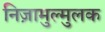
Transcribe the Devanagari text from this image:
निज़ामुल्मुलक